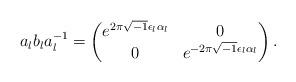
LaTeX: \begin{align*} a_l b_l a_l^{-1} = \begin{pmatrix} e^{2 \pi \sqrt{-1} \epsilon_l \alpha_l} & 0 \\ 0 & e^{-2 \pi \sqrt{-1} \epsilon_l \alpha_l} \end{pmatrix}.\end{align*}